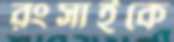
রংসাইকে